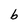
Character: b